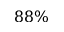
8 8 \%